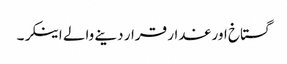
گستاخ اور غدار قرار دینے والے اینکر۔